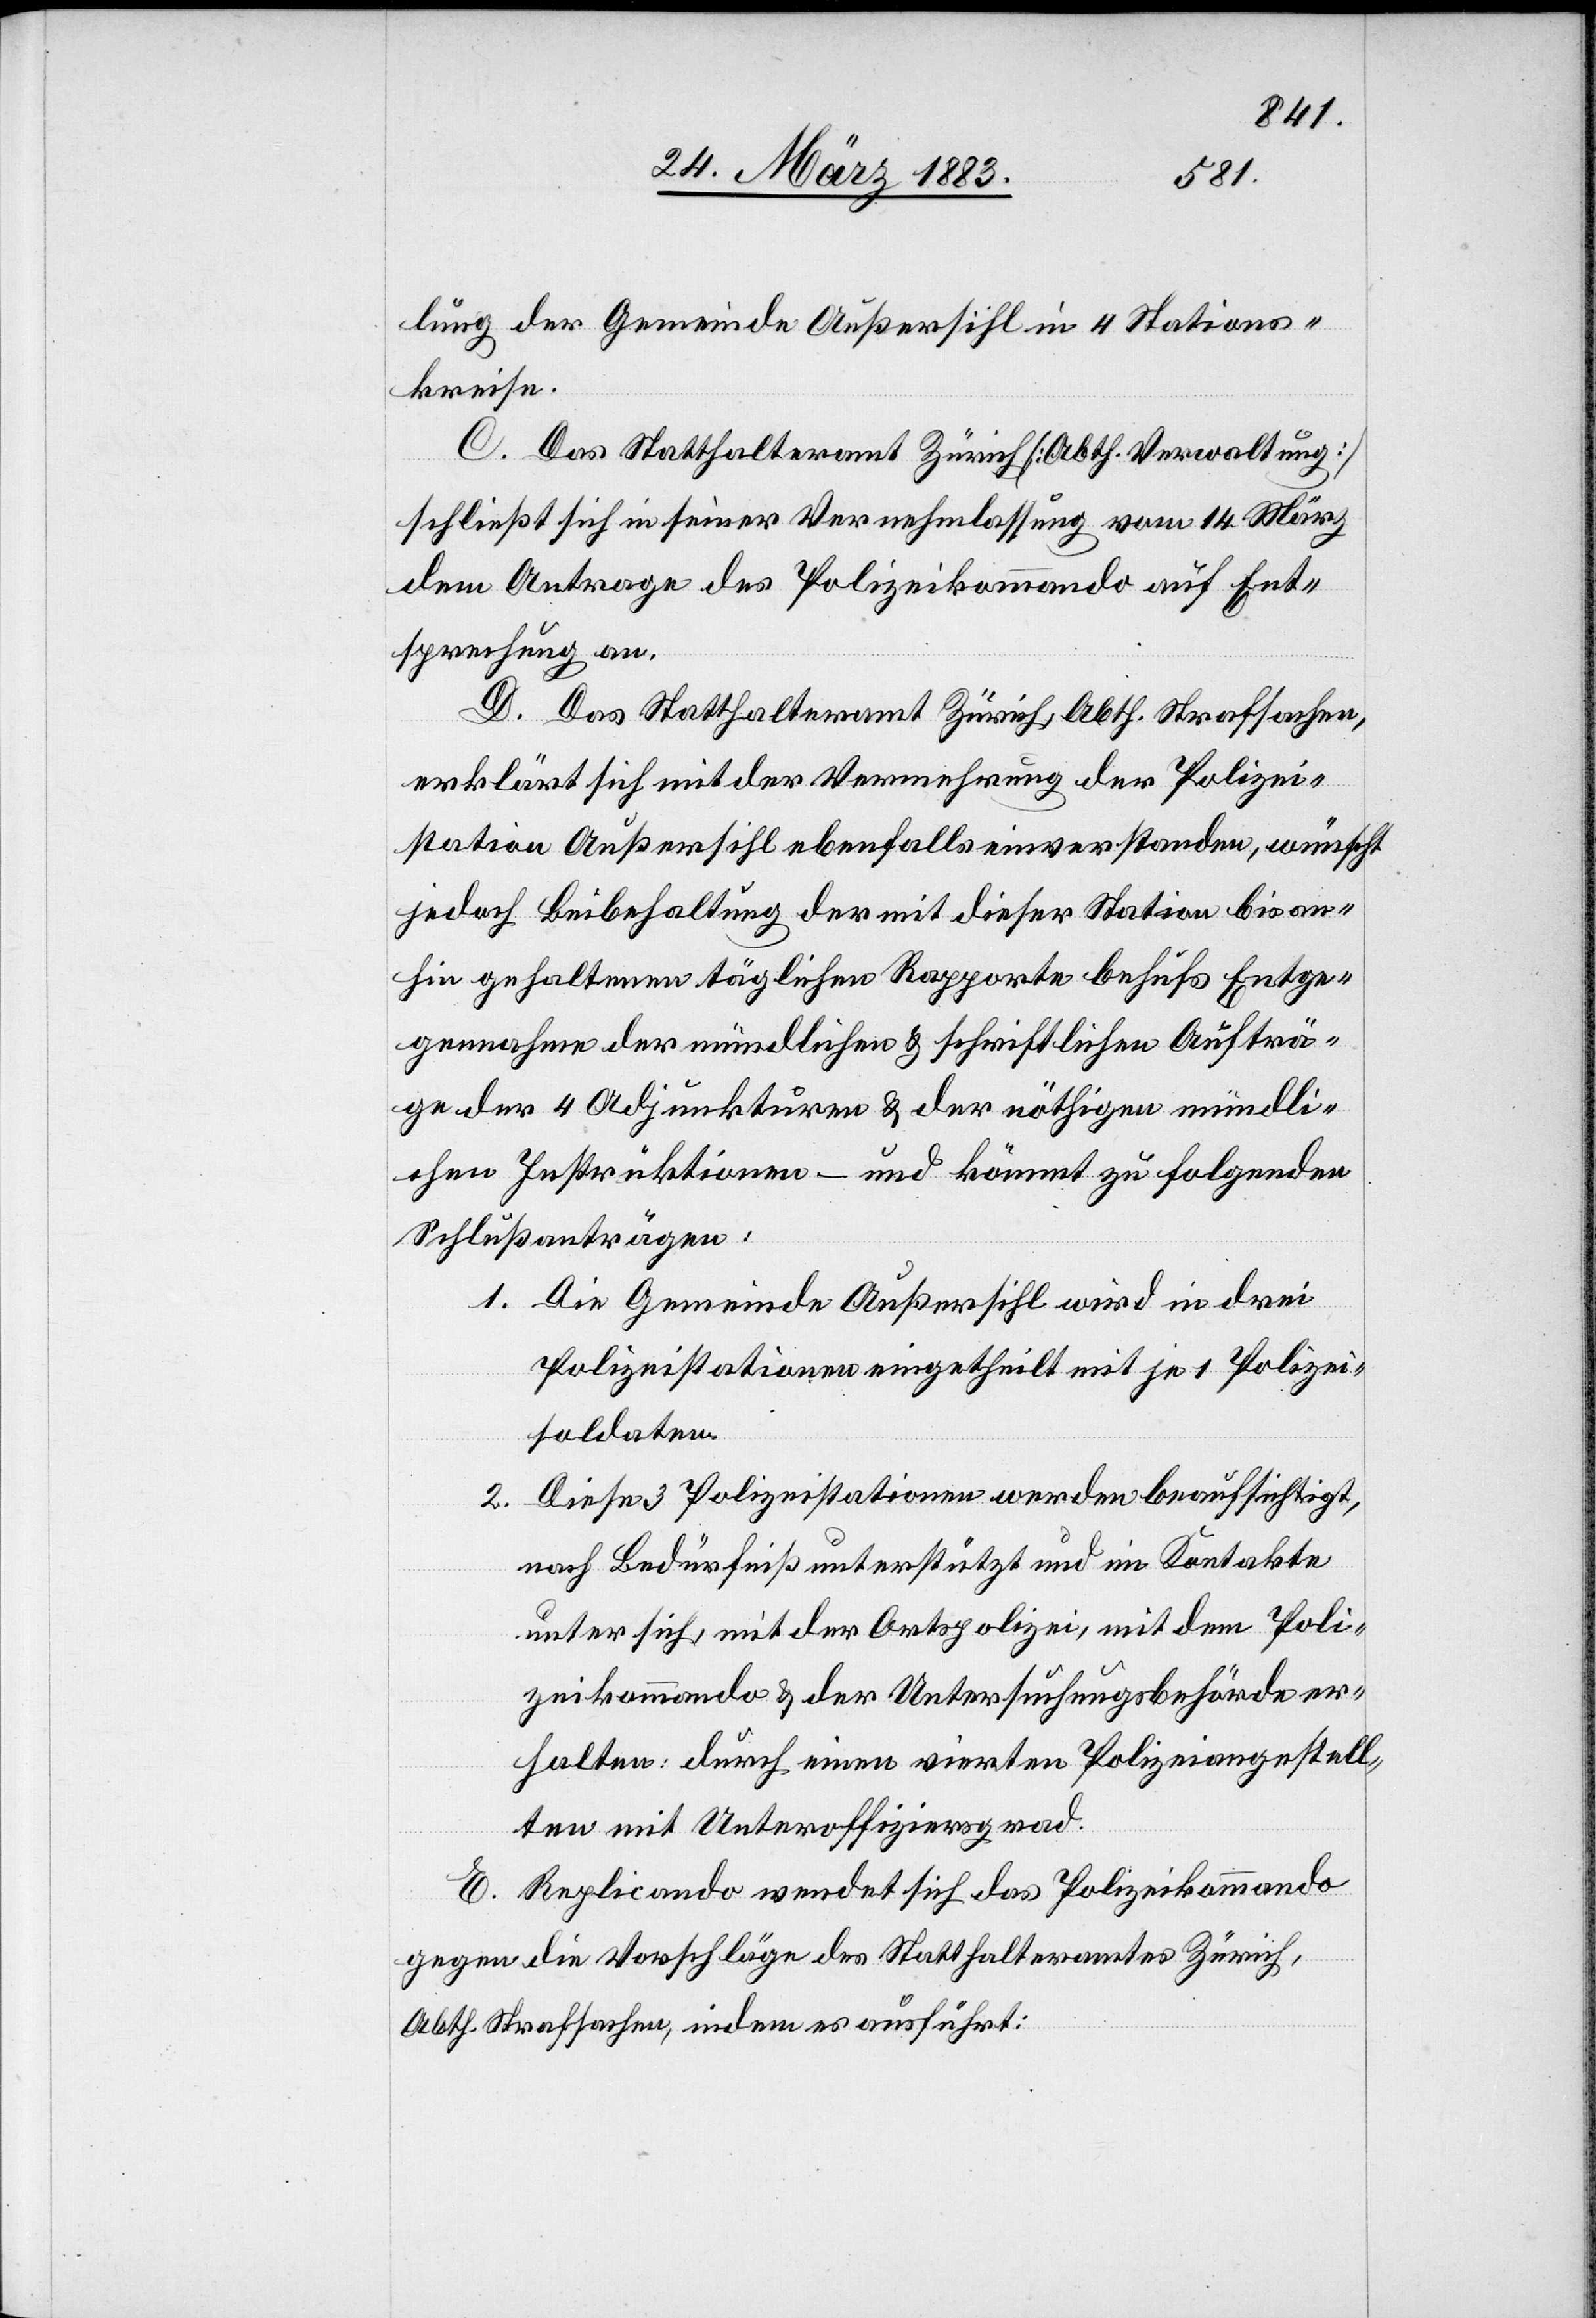
lung der Gemeinde Außersihl in 4 Stations¬
kreise.
C. Das Statthalteramt Zürich [Abth. Verwaltung]
schließt sich in seiner Vernehmlassung vom 14. März
dem Antrage des Polizeikommando auf Ent¬
sprechung an.
D. Das Statthalteramt Zürich, Abth. Strafsachen,
erklärt sich mit der Vermehrung der Polizei¬
station Außersihl ebenfalls einverstanden, wünscht
jedoch Beibehaltung der mit dieser Station bis an¬
hin gehaltenen täglichen Rapporte behufs Entge¬
gennahme der mündlichen & schriftlichen Aufträ¬
ge der 4 Adjunkturen & der nöthigen mündli¬
chen Instruktionen – und kömmt [sic!] zu folgenden
Schlußanträgen:
1. Die Gemeinde Außersihl wird in drei
Polizeistationen eingetheilt mit je 1 Polizei¬
soldaten.
2. Diese 3 Polizeistationen werden beaufsichtigt,
nach Bedürfniß unterstützt und im Kontakte
unter sich, mit der Ortspolizei, mit dem Poli¬
zeikommando & der Untersuchungsbehörde er¬
halten [sic!]: durch einen vierten Polizeiangestell¬
ten mit Unteroffiziersgrad.
E. Replicando wendet sich das Polizeikommando
gegen die Vorschläge des Statthalteramtes Zürich,
Abth. Strafsachen, indem es ausführt: